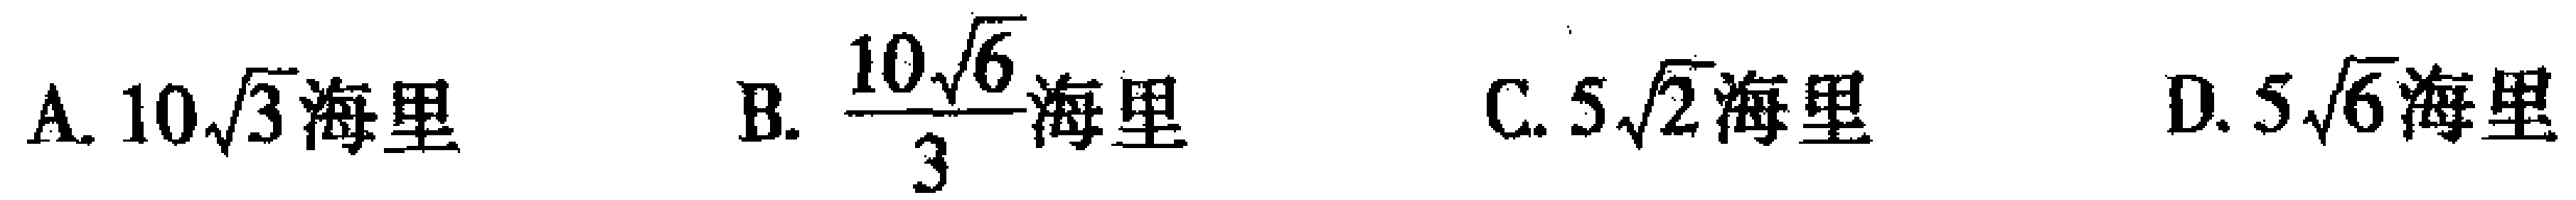
A. \(10\sqrt{3}\text{海里}\)  B. \(\frac{10\sqrt{6}}{3}\text{海里}\)  C. \(5\sqrt{2}\text{海里}\)  D. \(5\sqrt{6}\text{海里}\)